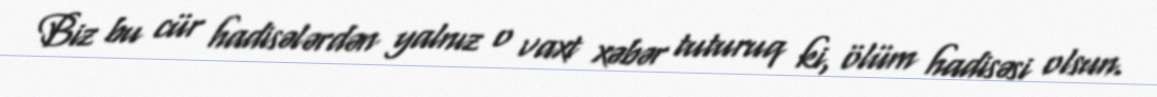
Biz bu cür hadisələrdən yalnız o vaxt xəbər tuturuq ki, ölüm hadisəsi olsun.